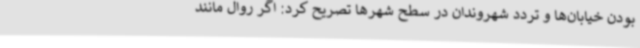
بودن خیابان‌ها و تردد شهروندان در سطح شهرها تصریح کرد: اگر روال مانند